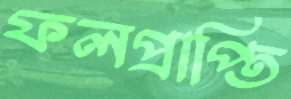
ফলপ্রাপ্তি